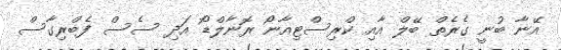
އޭނާ ބުނީ ގެރެތް ބޭލް އާއި ކްރިސްޓިއާނޯ ރޮނާލްޑޯ އަދި ސެސް ފެބްރިގާސް